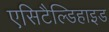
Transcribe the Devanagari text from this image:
एसिटैल्डिहाइड